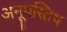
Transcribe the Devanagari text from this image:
अनूपस्तिथ